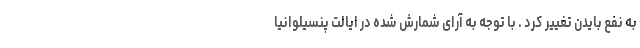
به نفع بایدن تغییر کرد . با توجه به آرای شمارش شده در ایالت پنسیلوانیا